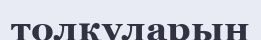
толқуларын